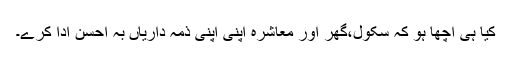
کیا ہی اچھا ہو کہ سکول،گھر اور معاشرہ اپنی اپنی ذمہ داریاں بہ احسن ادا کرے۔